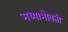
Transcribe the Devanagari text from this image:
मध्याभोवती